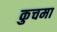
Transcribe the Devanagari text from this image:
कुचमा